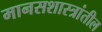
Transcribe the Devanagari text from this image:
मानसशास्त्रांतील